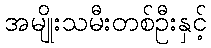
အမျိုးသမီးတစ်ဦးနှင့်